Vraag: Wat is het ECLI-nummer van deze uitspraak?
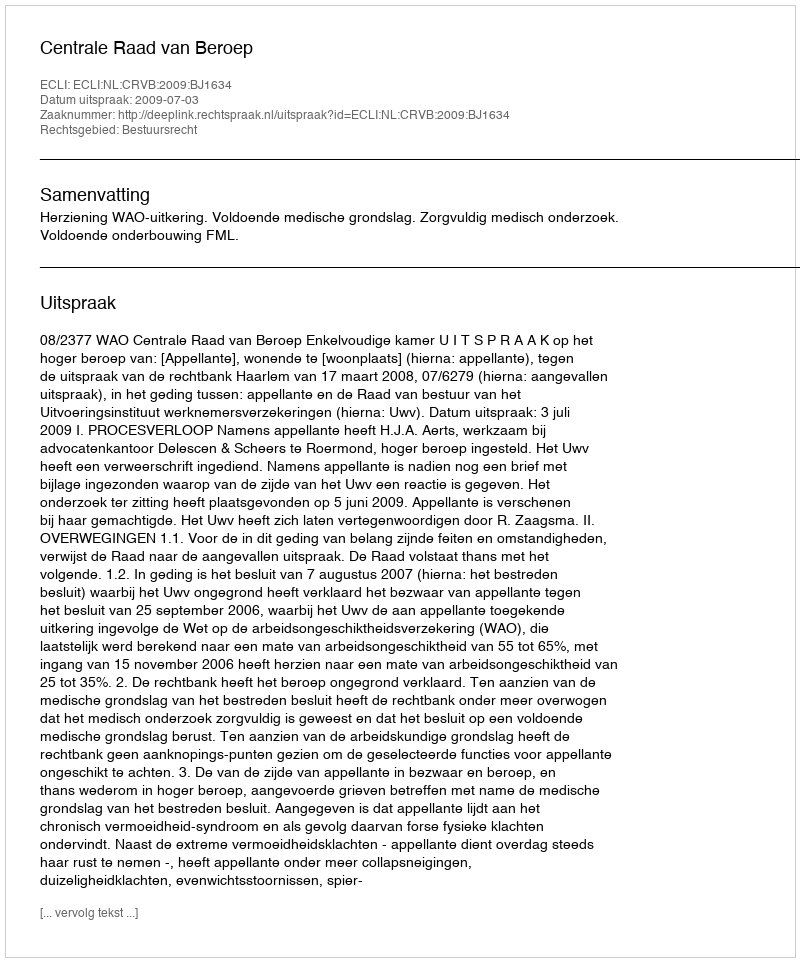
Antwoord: ECLI:NL:CRVB:2009:BJ1634